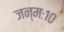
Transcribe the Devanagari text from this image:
जन्मः१०